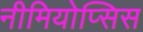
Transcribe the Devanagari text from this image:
नीमियोप्सिस